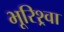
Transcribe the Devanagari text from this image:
भूरिश्र्वा